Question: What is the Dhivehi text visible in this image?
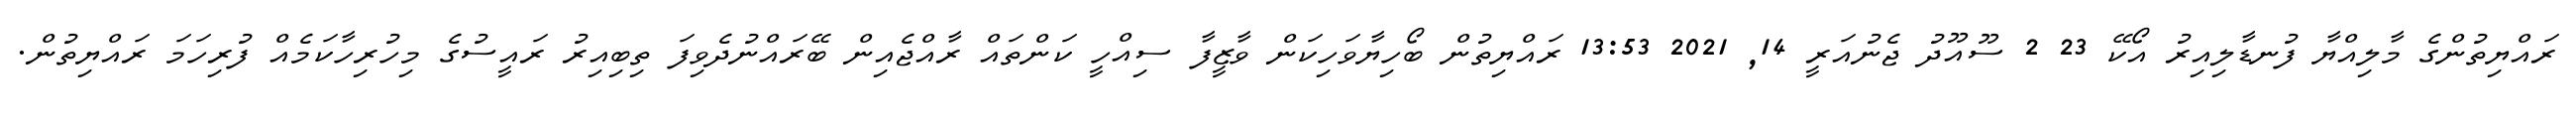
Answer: ރައްޔިތުންގެ މާލިއްޔާ ފުނޑާލިއިރު އޯކޭ 23 2 ސޫއޫދު ޖެނުއަރީ 14, 2021 13:53 ރައްޔިތުން ބޯހިޔާވަހިކަން ވާޒީފާ ސިއްހީ ކަންތައް ރާއްޖެއިން ބޭރައްނުދެވިފަ ތިބިއިރު ރައީސުގެ މިހުރިހާކަމެއް ފުރިހަމަ ރައްޔިތުން.